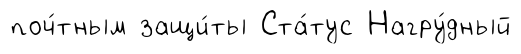
поч́тным защи́ты Ста́тус Нагру́дный